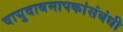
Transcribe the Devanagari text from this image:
वायुदाबमापकांसंबंधी